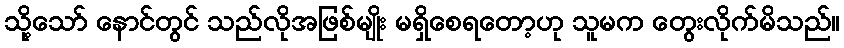
သို့သော် နောင်တွင် သည်လိုအဖြစ်မျိုး မရှိစေရတော့ဟု သူမက တွေးလိုက်မိသည်။